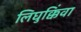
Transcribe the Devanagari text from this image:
लिघुक्किंवा